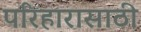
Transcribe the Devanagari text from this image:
परिहारासाठी